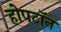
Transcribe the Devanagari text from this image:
होपटॉन